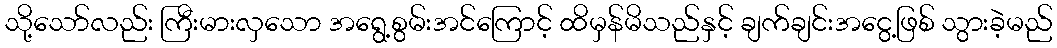
သို့သော်လည်း ကြီးမားလှသော အရွေ့စွမ်းအင်ကြောင့် ထိမှန်မိသည်နှင့် ချက်ချင်းအငွေ့ဖြစ် သွားခဲ့မည်